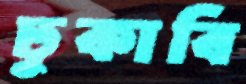
ঢুকাবি